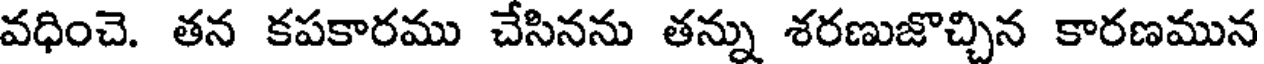
వధించె. తన కపకారము చేసినను తన్ను శరణుజొచ్చిన కారణమున